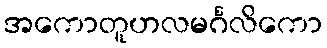
အကောတူဟလမင်္ဂလိကော